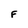
Character: F